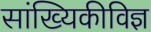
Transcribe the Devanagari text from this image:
सांख्यिकीविज्ञ